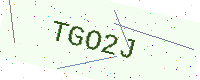
Text: TGO2J